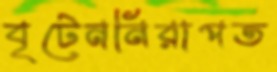
বৃটেননিরাপত